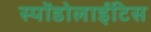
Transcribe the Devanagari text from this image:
स्पोंडोलाईटिस